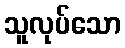
သူလုပ်သော